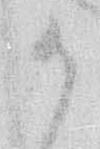
御